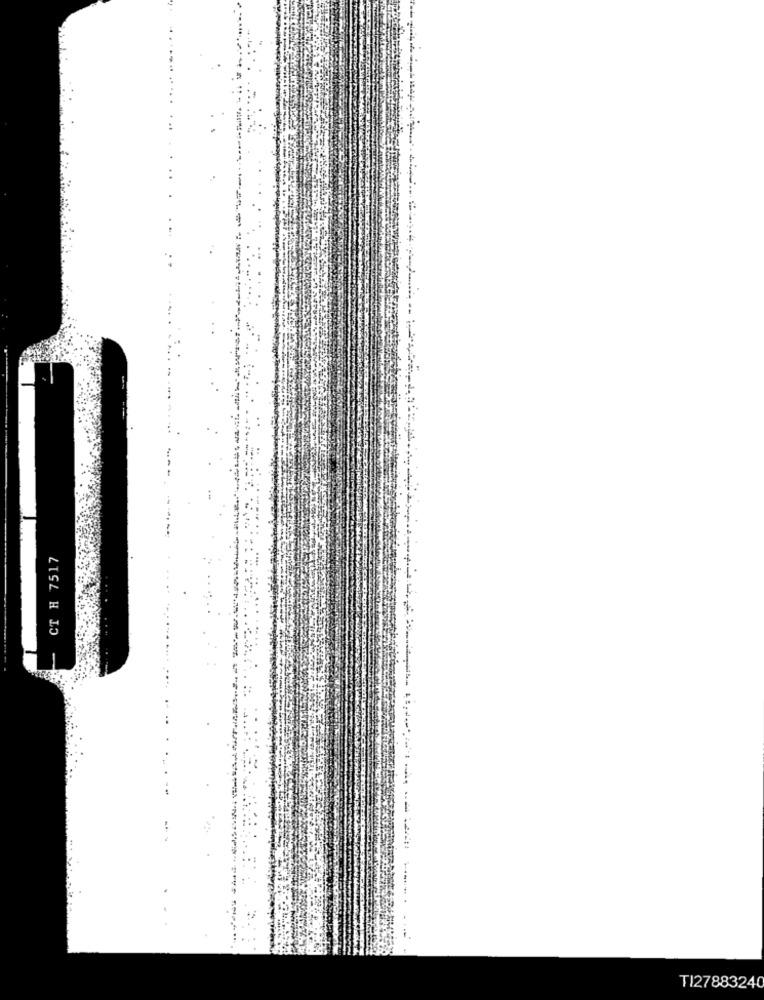
CT H 7517
TI27883240